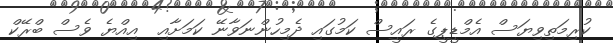
ކުރިމަތިވިޔަސް އެމްޑީޕީގެ ރައީސް ކަމުގައި ދެމިހުންނަވާނޭ ކަމަށާއި  އިއްޔެ ވެސް ބްރޭކް